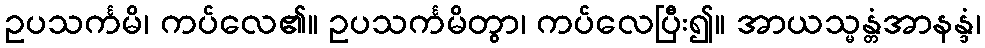
ဥပသင်္ကမိ၊ ကပ်လေ၏။ ဥပသင်္ကမိတွာ၊ ကပ်လေပြီး၍။ အာယသ္မန္တံအာနန္ဒံ၊